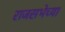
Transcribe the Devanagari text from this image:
राजसभेच्या